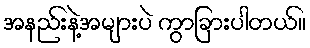
အနည်းနဲ့အများပဲ ကွာခြားပါတယ်။